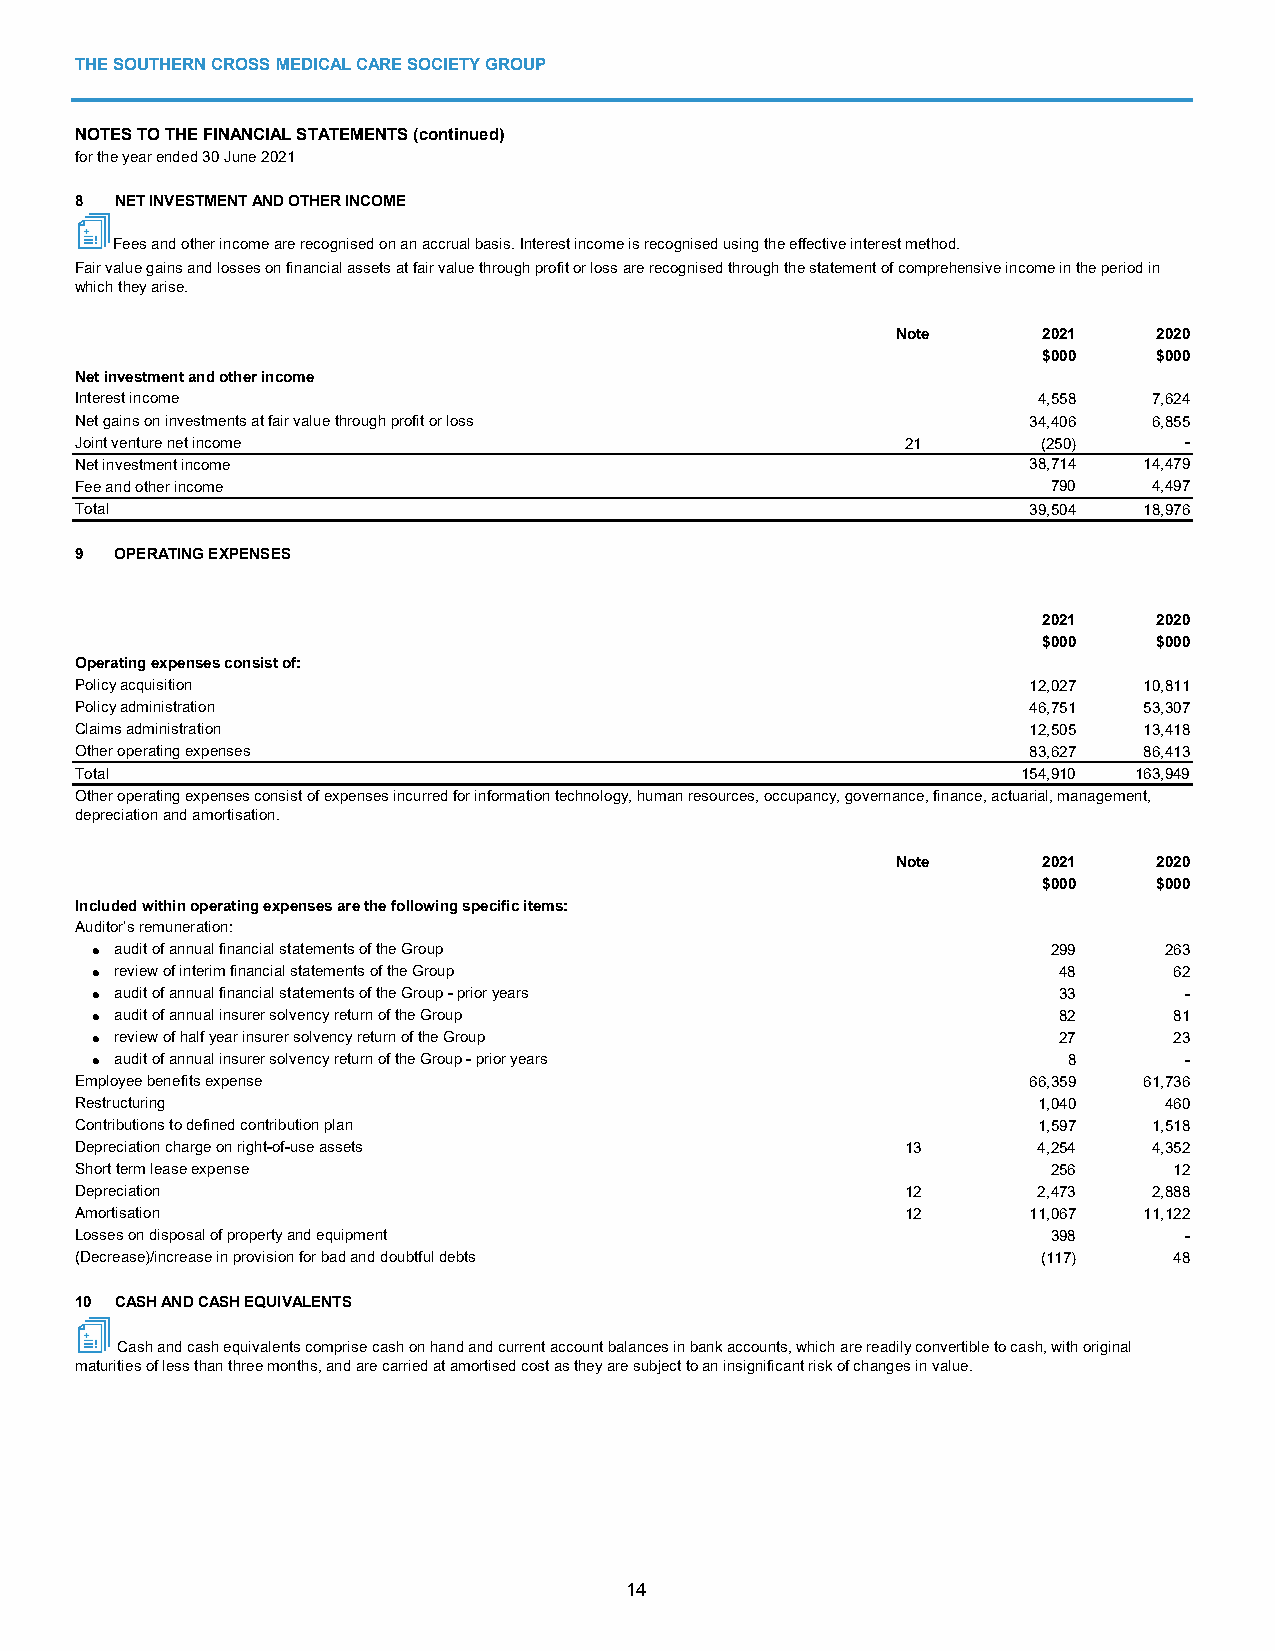
THE SOUTHERN CROSS MEDICAL CARE SOCIETY GROUP
 NOTES TO THE FINANCIAL STATEMENTS (continued)
 for the year ended 30 June 2021
 8  NET INVESTMENT AND OTHER INCOME
 Fees and other income are recognised on an accrual basis. Interest income is recognised using the effective interest method.
 Fair value gains and losses on financial assets at fair value through profit or loss are recognised through the statement of comprehensive income in the period in
 which they arise.
 Note      2021    2020
 $000    $000
 Net investment and other income
 Interest income                                                 4,558  7,624
 Net gains on investments at fair value through profit or loss  34,406  6,855
 Joint venture net income                               21       (250)    -
 Net investment income                                          38,714  14,479
 Fee and other income                                             790   4,497
 Total                                                          39,504  18,976
 9  OPERATING EXPENSES
 2021    2020
 $000    $000
 Operating expenses consist of:
 Policy acquisition                                             12,027  10,811
 Policy administration                                          46,751  53,307
 Claims administration                                          12,505  13,418
 Other operating expenses                                       83,627  86,413
 Total                                                          154,910 163,949
 Other operating expenses consist of expenses incurred for information technology, human resources, occupancy, governance, finance, actuarial, management,
 depreciation and amortisation.
 Note      2021    2020
 $000    $000
 Included within operating expenses are the following specific items:
 Auditor’s remuneration:
  audit of annual financial statements of the Group             299    263
  review of interim financial statements of the Group           48      62
  audit of annual financial statements of the Group - prior years 33    -
  audit of annual insurer solvency return of the Group          82      81
  review of half year insurer solvency return of the Group      27      23
  audit of annual insurer solvency return of the Group - prior years 8  -
 Employee benefits expense                                      66,359  61,736
 Restructuring                                                   1,040   460
 Contributions to defined contribution plan                      1,597  1,518
 Depreciation charge on right-of-use assets             13       4,254  4,352
 Short term lease expense                                         256     12
 Depreciation                                           12       2,473  2,888
 Amortisation                                           12      11,067  11,122
 Losses on disposal of property and equipment                     398     -
 (Decrease)/increase in provision for bad and doubtful debts     (117)    48
 10 CASH AND CASH EQUIVALENTS
 Cash and cash equivalents comprise cash on hand and current account balances in bank accounts, which are readily convertible to cash, with original
 maturities of less than three months, and are carried at amortised cost as they are subject to an insignificant risk of changes in value.
 14